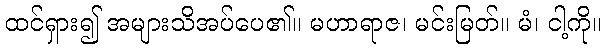
ထင်ရှား၍ အများသိအပ်ပေ၏။ မဟာရာဇ၊ မင်းမြတ်။ မံ၊ ငါ့ကို။